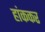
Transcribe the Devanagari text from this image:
हांककर